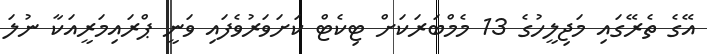
އޭގެ ތެރޭގައި މަޖިލީހުގެ 13 މެމްބަރަކަށް ޓިކެޓް ކަށަވަރުވެފައި ވަނީ ޕްރައިމަރީއަކާ ނުލަ